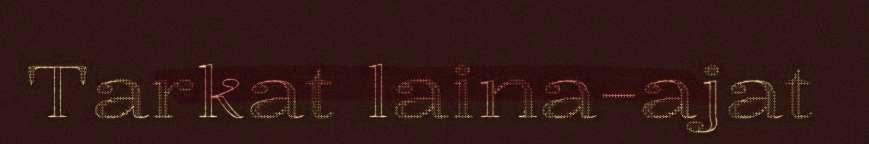
Tarkat laina-ajat